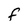
Character: F